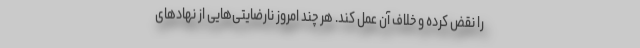
را نقض کرده و خلاف آن عمل کند. هر چند امروز نارضایتی‌هایی از نهادهای